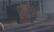
વિડિયોઝ